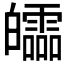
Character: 𤾻